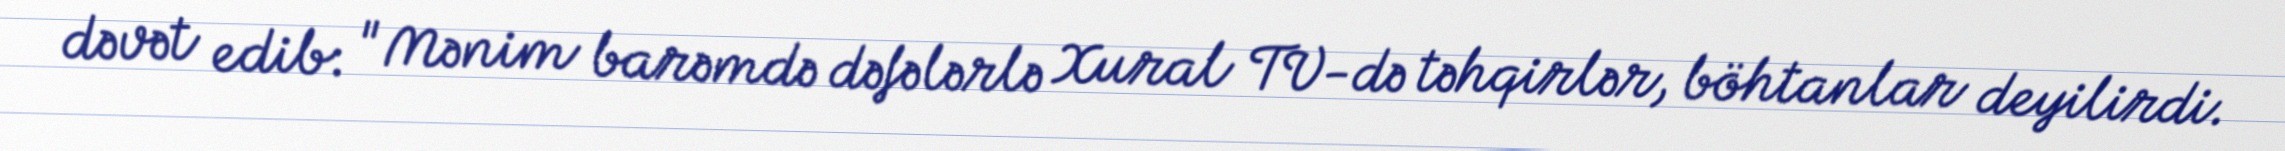
dəvət edib: "Mənim barəmdə dəfələrlə Xural TV-də təhqirlər, böhtanlar deyilirdi.